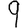
Digit: 9